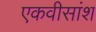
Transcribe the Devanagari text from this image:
एकवीसांश